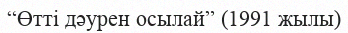
“Өтті дәурен осылай” (1991 жылы)